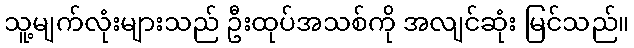
သူ့မျက်လုံးများသည် ဦးထုပ်အသစ်ကို အလျင်ဆုံး မြင်သည်။